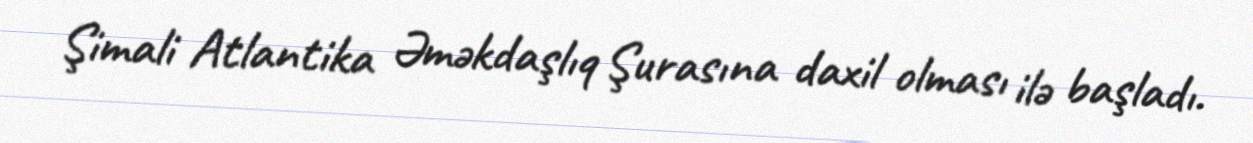
Şimali Atlantika Əməkdaşlıq Şurasına daxil olması ilə başladı.